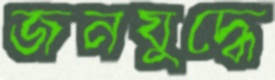
জনযুদ্ধে